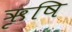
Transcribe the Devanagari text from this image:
ऋृषि